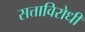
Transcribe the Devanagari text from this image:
सत्ताविरोधी